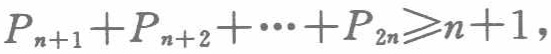
\(P_{n + 1}+P_{n + 2}+\cdots+P_{2n}\geqslant n + 1\)